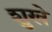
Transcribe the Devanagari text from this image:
शुखे